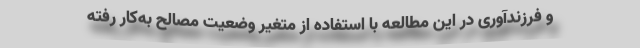
و فرزندآوری در این مطالعه با استفاده از متغیر وضعیت مصالح به‌کار رفته